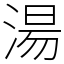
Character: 湯